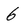
Character: 6